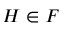
H \in F